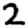
Digit: 2